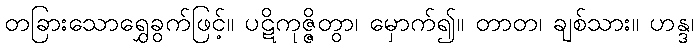
တခြားသောရွှေခွက်ဖြင့်။ ပဋိကုဇ္ဇိတွာ၊ မှောက်၍။ တာတ၊ ချစ်သား။ ဟန္ဒ၊